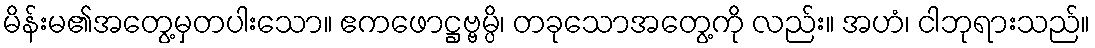
မိန်းမ၏အတွေ့မှတပါးသော။ ဧကဖောဋ္ဌဗ္ဗမ္ပိ၊ တခုသောအတွေ့ကို လည်း။ အဟံ၊ ငါဘုရားသည်။